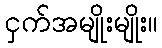
ငှက်အမျိုးမျိုး။